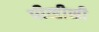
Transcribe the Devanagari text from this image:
पीव्हीसी